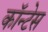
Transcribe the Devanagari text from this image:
कॉन्टेस